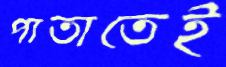
পাতাতেই